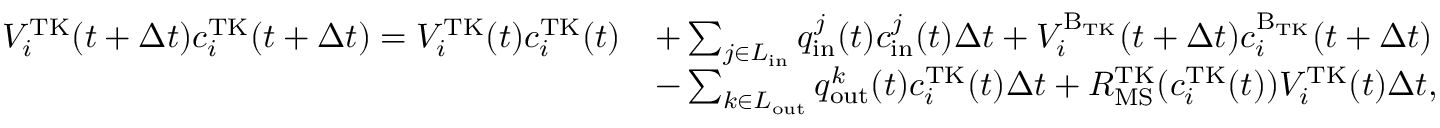
\begin{array} { r l } { V _ { i } ^ { \mathrm { T K } } ( t + \Delta t ) c _ { i } ^ { \mathrm { T K } } ( t + \Delta t ) = V _ { i } ^ { \mathrm { T K } } ( t ) c _ { i } ^ { \mathrm { T K } } ( t ) } & { + \sum _ { j \in L _ { \mathrm { i n } } } q _ { \mathrm { i n } } ^ { j } ( t ) c _ { \mathrm { i n } } ^ { j } ( t ) \Delta t + V _ { i } ^ { \mathrm { B _ { \mathrm { T K } } } } ( t + \Delta t ) c _ { i } ^ { \mathrm { B _ { \mathrm { T K } } } } ( t + \Delta t ) } \\ & { - \sum _ { k \in L _ { \mathrm { o u t } } } q _ { \mathrm { o u t } } ^ { k } ( t ) c _ { i } ^ { \mathrm { T K } } ( t ) \Delta t + R _ { \mathrm { M S } } ^ { \mathrm { T K } } ( c _ { i } ^ { \mathrm { T K } } ( t ) ) V _ { i } ^ { \mathrm { T K } } ( t ) \Delta t , } \end{array}